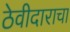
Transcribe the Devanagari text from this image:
ठेवीदाराचा